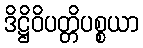
ဒိဋ္ဌိဝိပတ္တိပစ္စယာ